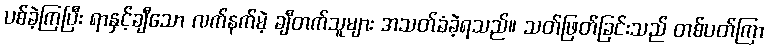
ပစ်ခဲ့ကြပြီး ရာနှင့်ချီသော လက်နက်မဲ့ ချီတက်သူများ အသတ်ခံခဲ့ရသည်။ သတ်ဖြတ်ခြင်းသည် တစ်ပတ်ကြာ